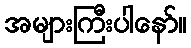
အများကြီးပါနော်။